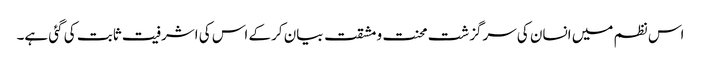
اس نظم میں انسان کی سرگزشت محنت و مشقت بیان کرکے اس کی اشرفیت ثابت کی گئی ہے۔